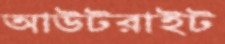
আউটরাইট